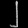
Digit: ၂